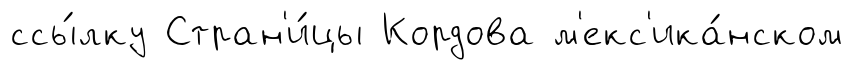
ссы́лку Стран'и́цы Кордова м'екс'ика́нском